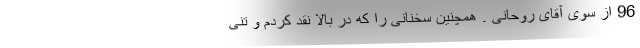
96 از سوی آقای روحانی . همچنین سخنانی را که در بالا نقد کردم و تنی